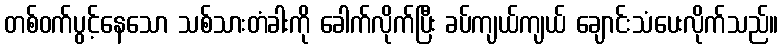
တစ်ဝက်ပွင့်နေသော သစ်သားတံခါးကို ခေါက်လိုက်ပြီး ခပ်ကျယ်ကျယ် ချောင်းသံပေးလိုက်သည်။